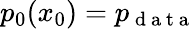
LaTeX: p_{0}(x_{0})=p_{\mathrm{~d~a~t~a~}}